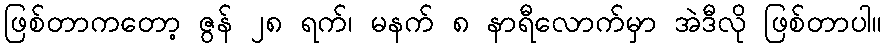
ဖြစ်တာကတော့ ဇွန် ၂၈ ရက်၊ မနက် ၈ နာရီလောက်မှာ အဲဒီလို ဖြစ်တာပါ။